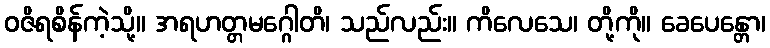
ဝဇိရစိန်ကဲ့သို့။ အရဟတ္တမဂ္ဂေါတိ၊ သည်လည်း။ ကိလေသေ၊ တို့ကို။ ခေပေန္တော၊